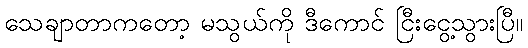
သေချာတာကတော့ မသွယ်ကို ဒီကောင် ငြီးငွေ့သွားပြီ။